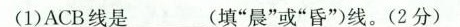
(1)ACB线是___(填”晨”或”昏”)线。